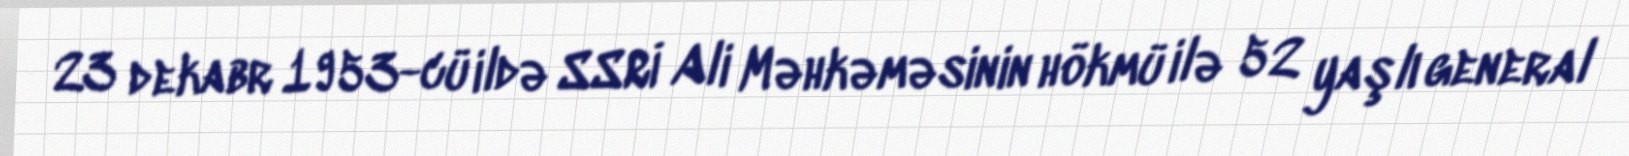
23 dekabr 1953-cü ildə SSRİ Ali Məhkəməsinin hökmü ilə 52 yaşlı general